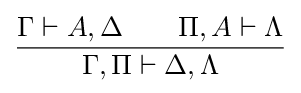
{\frac {\Gamma \vdash A,\Delta \qquad \Pi ,A\vdash \Lambda }{\Gamma ,\Pi \vdash \Delta ,\Lambda }}